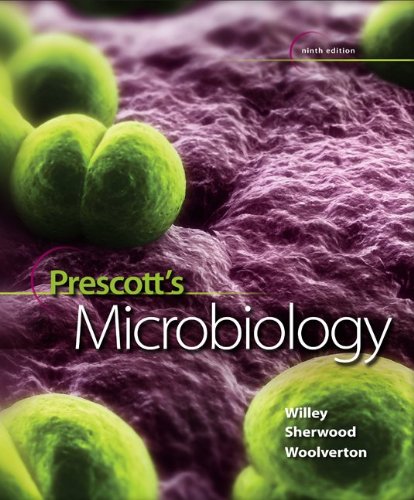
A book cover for Prescott's Microbiology; Joanne Willey; Medical Books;